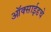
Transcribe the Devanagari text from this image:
ऑक्साईडचे